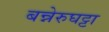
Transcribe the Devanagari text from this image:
बन्नेरुघट्टा